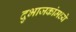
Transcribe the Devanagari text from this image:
दुभाजकांमध्ये